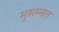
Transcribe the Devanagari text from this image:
मुसम्मत